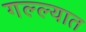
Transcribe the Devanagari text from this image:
गल्ल्यात